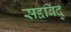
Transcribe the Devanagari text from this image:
सद्दबिंदु